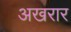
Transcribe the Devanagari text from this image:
अखरार